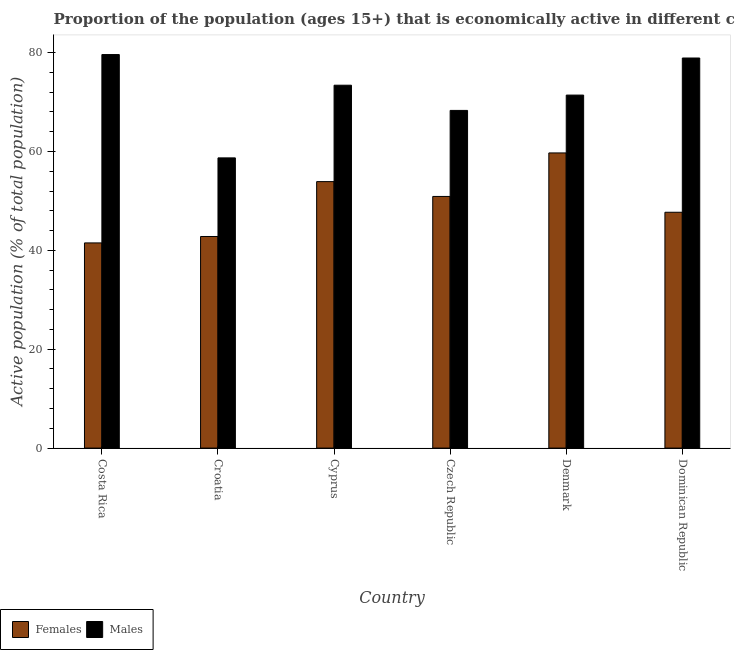
| Country | Females | Males |
 | --- | --- | --- |
 | Costa Rica | 41.5 | 79.6 |
 | Croatia | 42.8 | 58.7 |
 | Cyprus | 53.9 | 73.4 |
 | Czech Republic | 50.9 | 68.3 |
 | Denmark | 59.7 | 71.4 |
 | Dominican Republic | 47.7 | 78.9 |